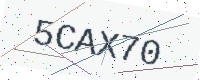
Text: 5CAX70